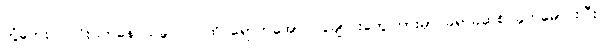
တွံတေးဝ၊ တိုးဝကနေ သခွပ်ပင်ဝထိ ရောက်အောင် ချောင်းတွေကြားမှာ ခဲရာခဲဆစ် ခုတ်မောင်းပြီး